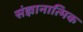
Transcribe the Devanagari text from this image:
संज्ञानात्मिक